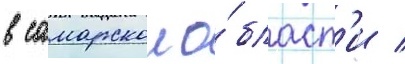
в самарскои о́бласт'и /